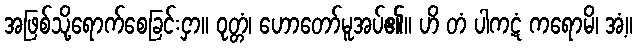
အဖြစ်သို့ရောက်စေခြင်းငှာ။ ဝုတ္တံ၊ ဟောတော်မူအပ်၏။ ဟိ တံ ပါကဋံ ကရောမိ၊ အံ့။